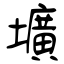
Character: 壙